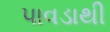
પાવડાથી